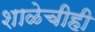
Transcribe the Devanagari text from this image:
शाळेचीही